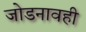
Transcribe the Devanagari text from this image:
जोडनावही